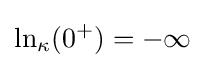
\ln _{\kappa }(0^{+})=-\infty